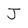
Character: J